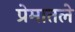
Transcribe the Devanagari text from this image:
प्रेमातले